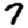
Digit: 7